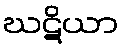
ဃဋိယာ